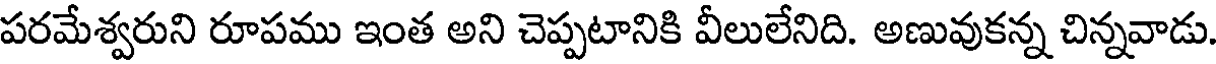
పరమేశ్వరుని రూపము ఇంత అని చెప్పటానికి వీలులేనిది. అణువుకన్న చిన్నవాడు.